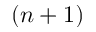
( n + 1 )